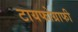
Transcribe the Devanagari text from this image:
टायफोग्राफी